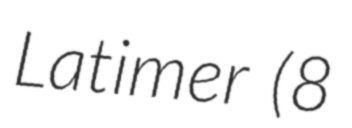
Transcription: Latimer (8